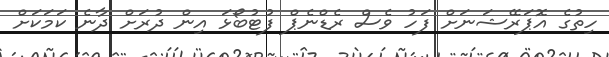
ހިތުގެ އޮޕަރޭޝަނަށް ފަހު ވެސް ރެޑްނެޕް ފުޓުބޯޅަ އިން ދުރަށް ދާނެ ކަމަކަށް